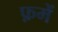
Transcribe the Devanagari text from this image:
फ़में